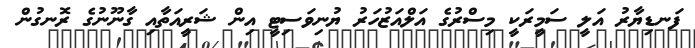
ފަނޑިޔާރު އަލީ ސަމީރަކީ މިސްރުގެ އަލްއަޒުހަރު ޔުނިވަސިޓީ އިން ޝަރީއަތާއި ގާނޫނުގެ ރޮނގުން